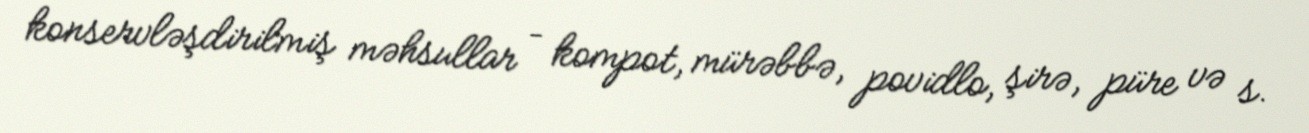
konservləşdirilmiş məhsullar – kompot, mürəbbə, povidlo, şirə, püre və s.